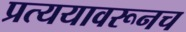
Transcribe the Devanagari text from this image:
प्रत्ययावरूनच